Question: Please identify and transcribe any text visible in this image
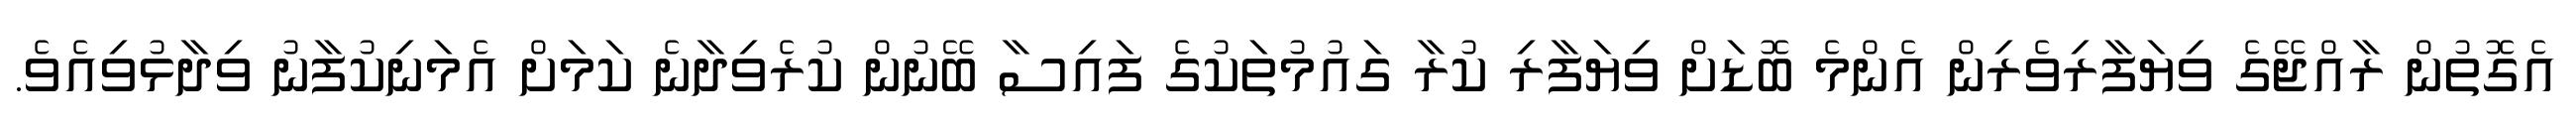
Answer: އެގޮތުން ރާއްޖޭގެ ވިޔަފާރިވެރިން އެންމެ ބޮޑަށް ވިޔަފާރި ކުރާ ގައުމުތަކުގެ ފައިސާ ބޭނުން ކުރެވިދާނެ ކަމަށް އެމަނިކުފާނު ވިދާޅުވިއެވެ.